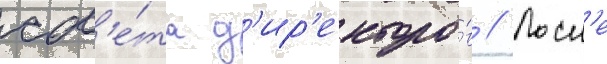
сов'е́та д'ир'екторо́в // Посл'е